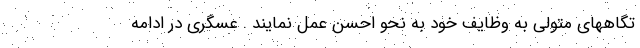
تگاههای متولی به وظایف خود به نحو احسن عمل نمایند . عسگری در ادامه